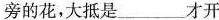
旁的花，大抵是___才开